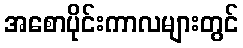
အစောပိုင်းကာလများတွင်